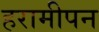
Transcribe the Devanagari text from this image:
हरामीपन